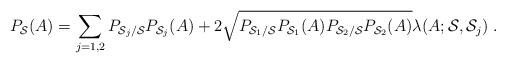
LaTeX: \begin{align*}P_{{\cal S}}(A)= \sum_{j=1,2} P_{{\cal S}_j/{\cal S}} P_{{\cal S}_j}(A)+2 \sqrt{P_{{\cal S}_1/{\cal S}} P_{{\cal S}_1}(A)P_{{\cal S}_2/{\cal S}} P_{{\cal S}_2}(A)} \lambda(A; {\cal S}, {\cal S}_j)\;.\end{align*}